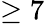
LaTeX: \geq 7